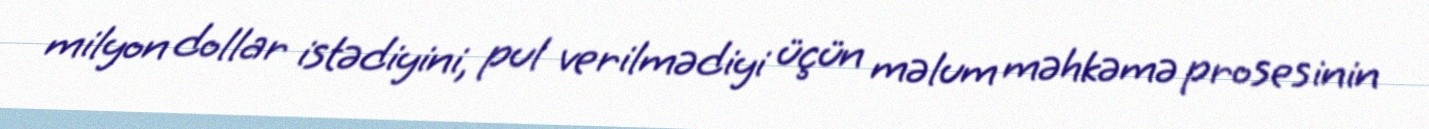
milyon dollar istədiyini, pul verilmədiyi üçün məlum məhkəmə prosesinin